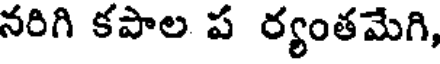
నరిగి కపాల ప ర్యంతమేగి,